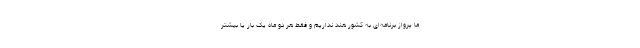
ما پرواز برنامه‌ای به کشور هند نداریم و فقط هر دو ماه یک بار یا بیشتر